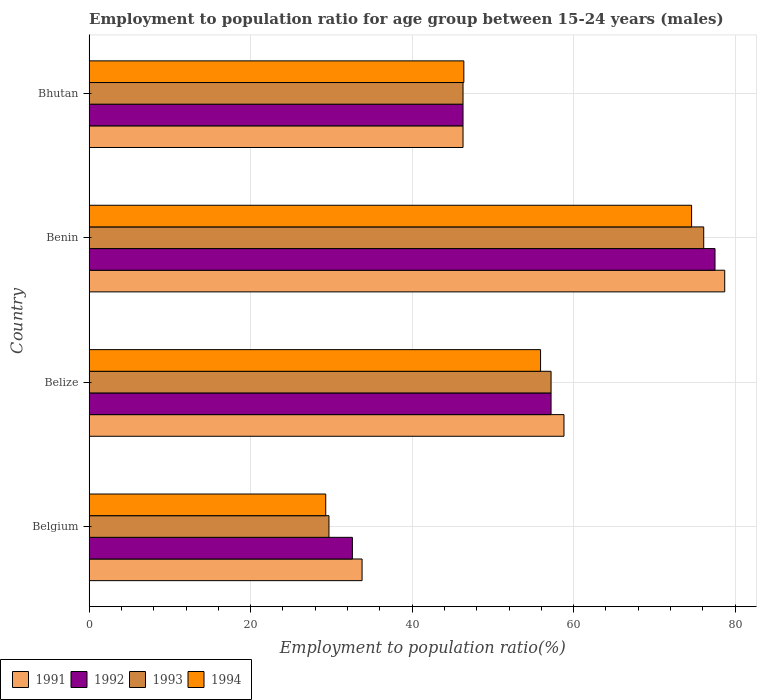
| Country | 1991 | 1992 | 1993 | 1994 |
 | --- | --- | --- | --- | --- |
 | Belgium | 33.8 | 32.6 | 29.7 | 29.3 |
 | Belize | 58.8 | 57.2 | 57.2 | 55.9 |
 | Benin | 78.7 | 77.5 | 76.1 | 74.6 |
 | Bhutan | 46.3 | 46.3 | 46.3 | 46.4 |